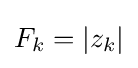
F_{k}=|z_{k}|